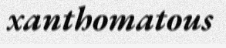
xanthomatous